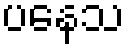
ပနေသ